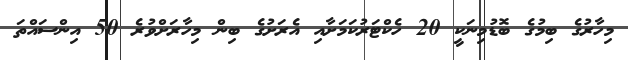
މިހާރުގެ ބިމުގެ ބޮޑުމިނަކީ 20 ހެކްޓަރުކަމަށާއި އެރަށުގެ ބިން މިހާރަށްވުރެ 50 އިންސައްތަ